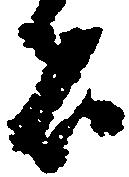
者